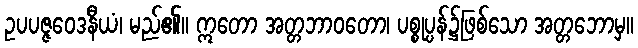
ဥပပဇ္ဇဝေဒနီယံ၊ မည်၏။ ဣတော အတ္တဘာဝတော၊ ပစ္စုပ္ပန်၌ဖြစ်သော အတ္တဘောမှ။